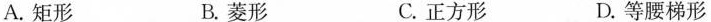
A.矩形 B.菱形 C.正方形 D.等腰梯形